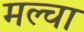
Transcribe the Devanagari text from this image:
मल्‍चा